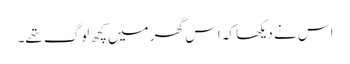
اس نے دیکھا کہ اس گھر میں کچھ لوگ تھے۔